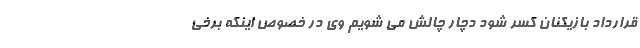
قرارداد بازیکنان کسر شود دچار چالش می شویم وی در خصوص اینکه برخی